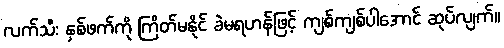
လက်သီး နှစ်ဖက်ကို ကြိတ်မနိုင် ခဲမရဟန်ဖြင့် ကျစ်ကျစ်ပါအောင် ဆုပ်လျက်။